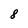
Character: 8